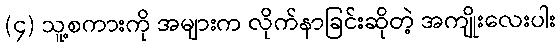
(၄) သူ့စကားကို အများက လိုက်နာခြင်းဆိုတဲ့ အကျိုးလေးပါး